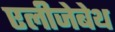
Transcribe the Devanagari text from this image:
एलीजेबेथ